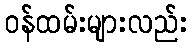
ဝန်ထမ်းများလည်း